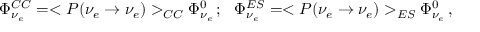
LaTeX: \Phi _ { \nu _ { e } } ^ { C C } = < P ( \nu _ { e } \to \nu _ { e } ) > _ { C C } \Phi _ { \nu _ { e } } ^ { 0 } \, ; ~ ~ \Phi _ { \nu _ { e } } ^ { E S } = < P ( \nu _ { e } \to \nu _ { e } ) > _ { E S } \Phi _ { \nu _ { e } } ^ { 0 } \, ,